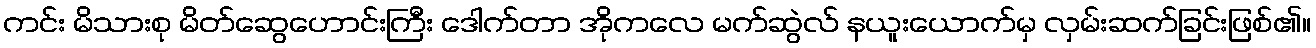
ကင်း မိသားစု မိတ်ဆွေဟောင်းကြီး ဒေါက်တာ အိုကလေ မက်ဆွဲလ် နယူးယောက်မှ လှမ်းဆက်ခြင်းဖြစ်၏။